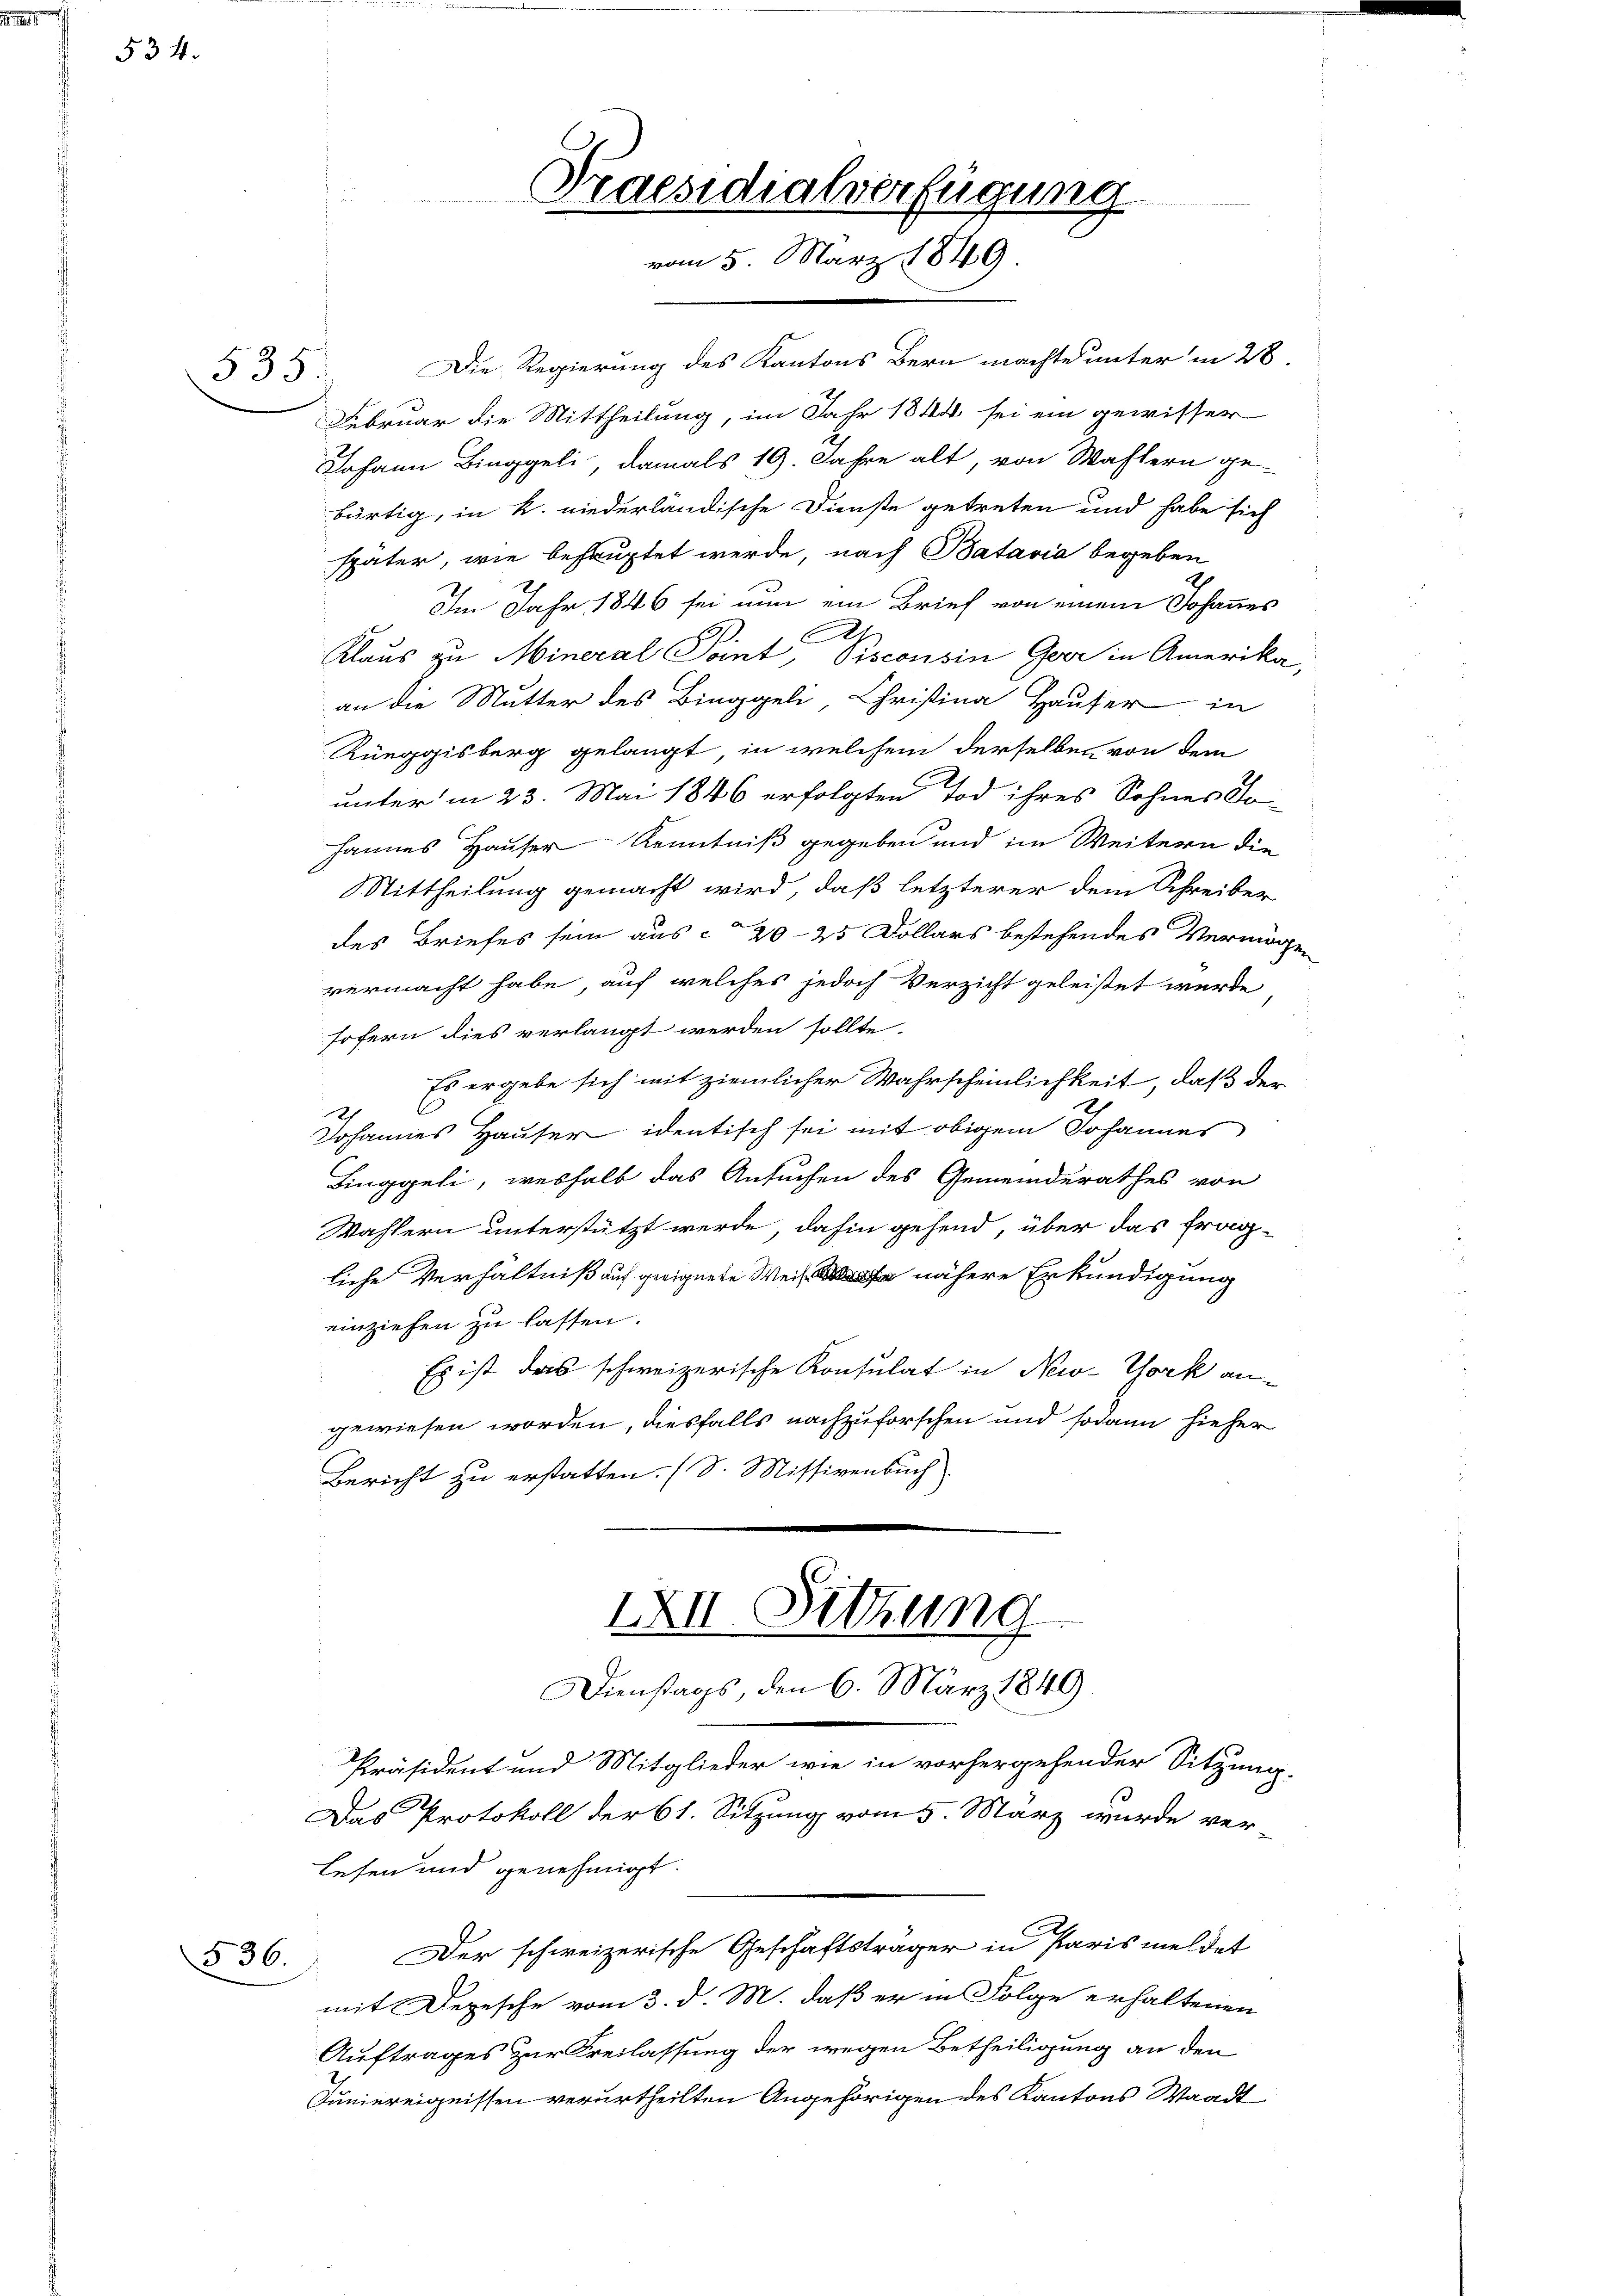
534.

535.

536.

Die Regierung des Kantons Bern machte unter in 28.
Februar die Mittheilung, im Jahr 1844 sei ein gewisser
Johann Binggeli, damals 19. Jahre alt, von Wastern ge-
bürtig, in K. niederländische Dienste getreten und habe sich
später, wie behauptet werde, nach Batavia begeben
Im Jahr 1846 sei nun ein Brief von einem Johannes
A
Klaus zu Mineral Point, Oisconsin Geer in Amerika,
an die Mutter des Binggeli Christina Hauser in
Rüeggisberg gelangt, in welchem derselben von dem
unter in 23. Mai 1846 erfolgten Tod ihres Sohnes Jo
hannes Hauser Kenntniß gegeben und im Weitern die
Mittheilung gemacht wird, daß letzterer dem Schreiber
des Briefes sein aus 20–25 Dollars bestehendes Vermögen
vermacht habe, auf welches jedoch Verzicht geleistet wurde
sofern dies verlangt werden sollte.
Es ergebe sich mit ziemlicher Wahrscheinlichkeit, daß der
h
Johannes Hauser identisch sei mit obigem Johannes
Finggeli, weshalb das Ansuchen des Gemeinderathes von
Wahlern unterstützt werde, dahin gehend, über das fragliche Verhältniß auf geeignete Weise nähere Erkundigung
einziehen zu lassen.
Es ist das schweizerische Konsulat in New-York an-
gewiesen worden, diesfalls nachzuforschen und sodann hieher
Bericht zu erstatten. (S. Missivenbuch
IXII. Sitzung
Dienstags, den 6. März 1849.
Präsident und Mitglieder wie in vorhergehender Sitzung.
Das Protokoll der 61. Sitzung vom 5. März wurde verlesen und genehmigt.
Der schweizerische Geschäftsträger in Paris meldet
mit Depesche vom 3. d. M. daß er in Folge erhaltenen
Auftrages zur Freilassung der wegen Betheiligung an den
Juniereignissen verurtheilten Angehörigen des Kantons Waadt

Praesidialverfügung
vom 5. März 1849.